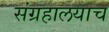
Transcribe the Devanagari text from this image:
संग्रहालयाच